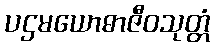
ပဌမယောဓာဇီဝသုတ္တံ